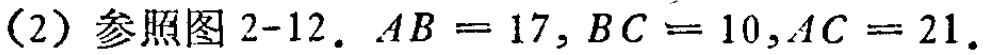
(2) 参照图 2-12. \(AB = 17, BC = 10, AC = 21\).